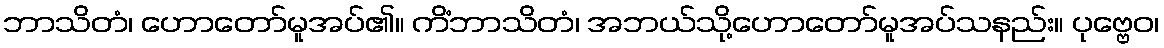
ဘာသိတံ၊ ဟောတော်မူအပ်၏။ ကိံဘာသိတံ၊ အဘယ်သို့ဟောတော်မူအပ်သနည်း။ ပုဗ္ဗေဝ၊